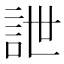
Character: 詍